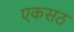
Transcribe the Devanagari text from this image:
एकसठ